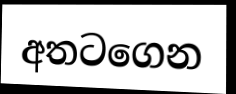
අතටගෙන